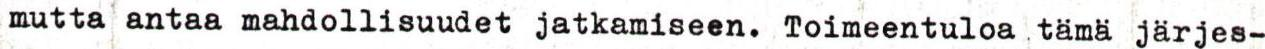
mutta antaa mahdollisuudet jatkamiseen. Toimeentuloa . tämä järjes-